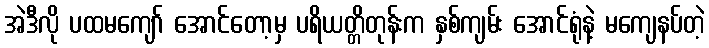
အဲဒီလို ပထမကျော် အောင်တော့မှ ပရိယတ္တိတုန်းက နှစ်ကျမ်း အောင်ရုံနဲ့ မကျေနပ်တဲ့